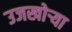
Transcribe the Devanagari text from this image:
उजखोर्‍या